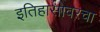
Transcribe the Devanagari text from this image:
इतिहासावरचा